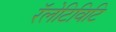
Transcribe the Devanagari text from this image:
रॅलेटिविटि